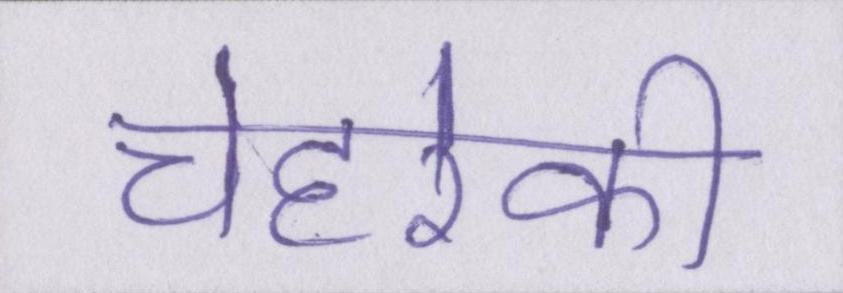
चेहरेकी